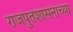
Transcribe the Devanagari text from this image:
राजपुतशासनाच्या